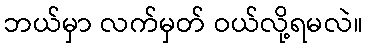
ဘယ်မှာ လက်မှတ် ဝယ်လို့ရမလဲ။